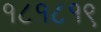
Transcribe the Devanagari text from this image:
१८१८१९